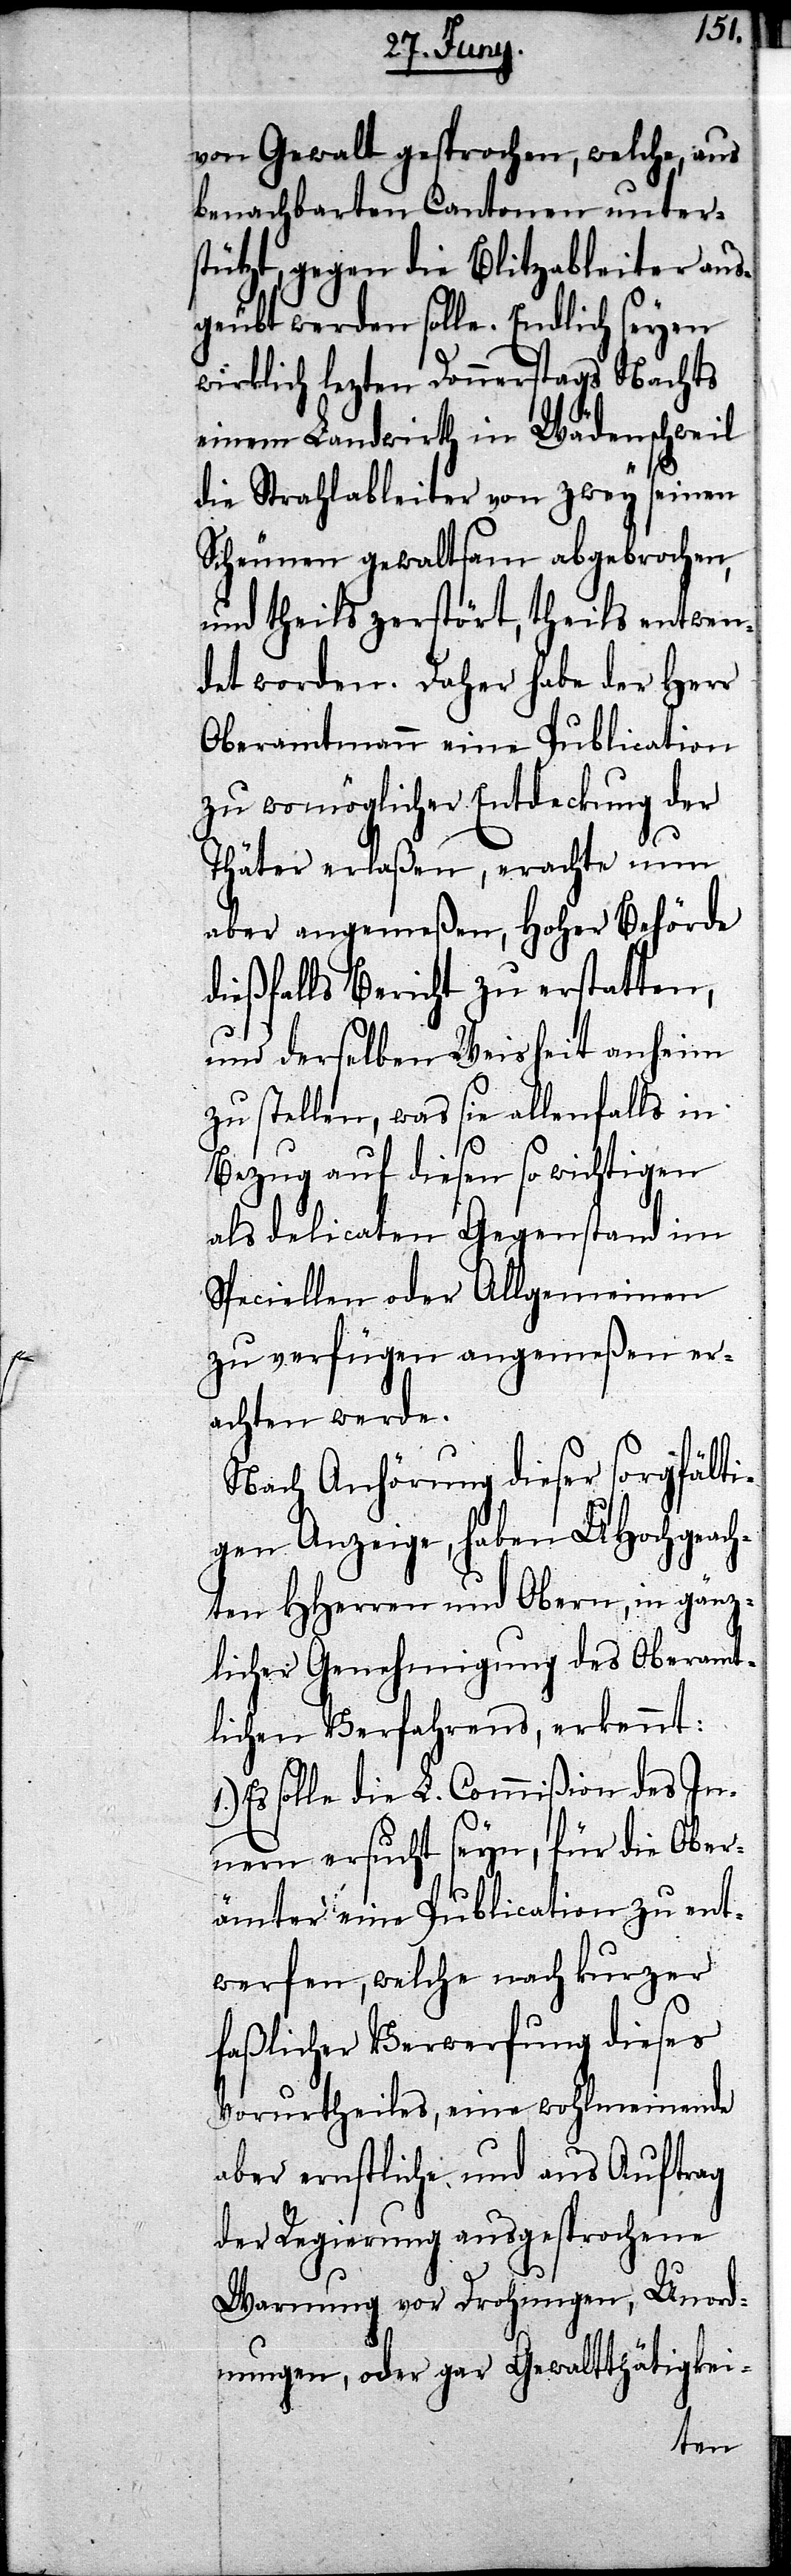
von Gewalt gesprochen, welche, aus
benachbarten Cantonen unter¬
stützt, gegen die Blitzableiter aus¬
geübt werden solle. Endlich seyen
wirklich lezten Donnerstags Nachts
einem Landwirth in Wädenschweil
die Strahlableiter von zwey seiner
Scheunen gewaltsam abgebrochen,
und theils zerstört, theils entwen¬
det worden. Daher habe der Herr
Oberamtmann eine Publication
zu womöglicher Entdeckung der
Thäter erlaßen, erachte nun
aber angemeßen, Hoher Behörde
dießfalls Bericht zu erstatten,
und derselben Weisheit anheim
zu stellen, was sie allenfalls in
Bezug auf diesen so wichtigen
als delicaten Gegenstand im
Speciellen oder Allgemeinen
zu verfügen angemeßen er¬
achten werde.
Nach Anhörung dieser sorgfälti¬
gen Anzeige, haben UHochgeach¬
ten HHerren und Obern, in gänz¬
licher Genehmigung des Oberamt¬
lichen Verfahrens, erkennt:
Es solle die L. Commißion des In¬
nern ersucht seyn, für die Ober¬
ämter eine Publication zu ent¬
werfen, welche nach kurzer
faßlicher Verwerfung dieses
Vorurtheiles, eine wohlmeinende
aber ernstliche und aus Auftrag
der Regierung ausgesprochene
Warnung vor Drohungen, Unord¬
nungen, oder gar Gewaltthätigkei-